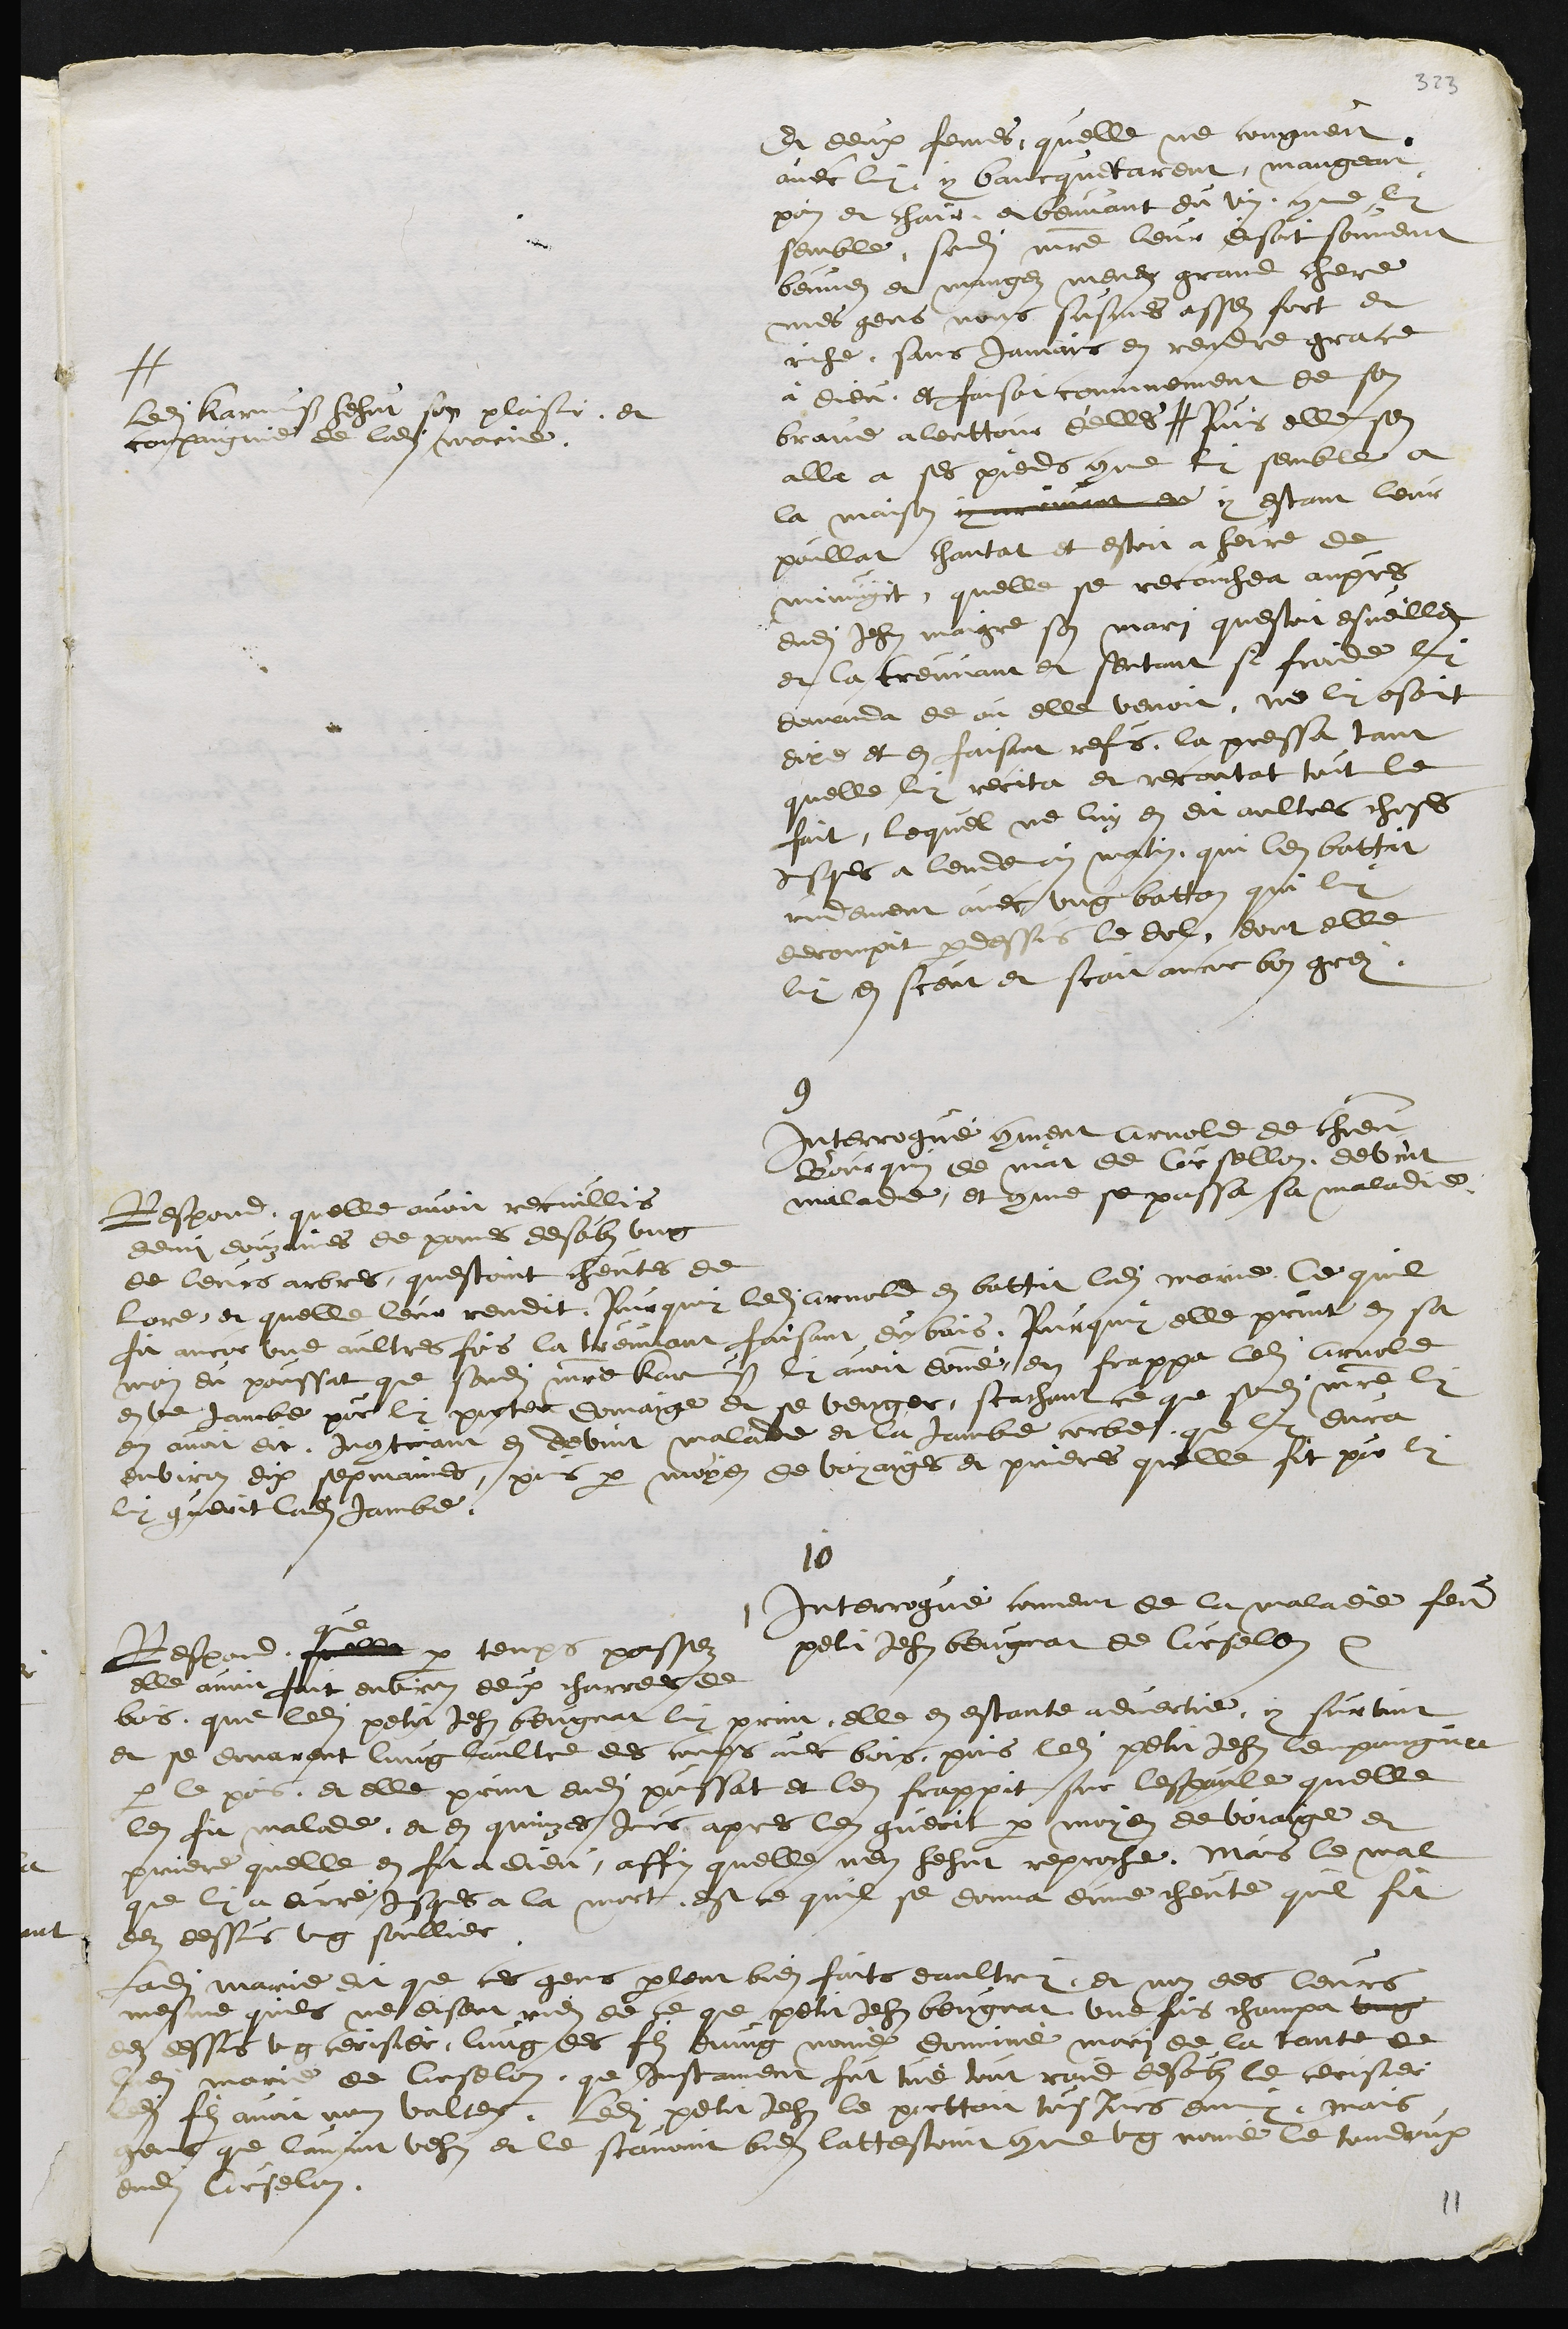
Et deux femmes quelle ne congneit
avec luy y bancquetarent mangean
pain et chair et beuvant du vin comme luy
semble, sondit maitre leur disoit souvent
beuvez et mangez menez grand chere
mes gens nous susmes assez fort et
riche, sans jamais en rendre grace
à dieu, et faisoit comunement de son
brave allenttour delles #
#
ledit Karmuss hehut sen plaisir, et
compaignie de ladite Marie.
Puis elle sen
alla a ses pieds comme luy semble a
la maison y meinant du y estant leur
poullat chantat et estoit a heure de
minuyit, quelle se recouchea aupres
dudit Jehan Maigre son mari questoit esveillez
et la treuvant et sentant si froide luy
demanda de ou elle venoit, ne luy osoit
dire et en faisant refus, la pressa tant
quelle luy recita et recontat tout le
fait, lequel ne luy en dit aultres choses
jusques a lendemain matin, qui len battit
rudement avec ung batton qui luy
derompit par dessus le dol dont elle
luy en sceut et scait ancor bon grey
9
Interrogue comment Arnold de chier
Bourquin de mat de Coursellon, devint
malade, et comme se passa sa maladie
Respond, quelle avoit recuillis
demi douzaines de pomes desoubs ung
de leurs abres, questoint cheutes de
lore, et quelle leur rendit. Pourquoy ledit Arnold en battit ladite Marie, Ce quil
fit ancor une aultres fois la treuvant faisant du bois. Pourquoy elle print en sa
main du poussat que sondit maitre Karmuss luy avoit donné en frappa ledit Arnold
en une jambe pour luy porter domaige et se venger, scachant ce que sondit maitre luy
en avoit dit, Incontinant en devint malade et la Jambe corbe que luy dura
environ dix sepmaines, puis par moyen de voyaiges et prieres quelle fit pour luy
luy guerit ladite jambe.
10
Interrogué coment de la maladie feu
petit Jehan beugnat de Courselon etc
Respond quelle
que
par temps passez
elle avoit fait environ deux charrees de
bois, que ledit petit Jehan beugnat luy print, elle en estante advertie y survint
et se donarent lung laultre des coups avec bois, puis ledit petit Jehan lempoingna
par le poins et elle print dudit poussat et en frappit sur lespaule quelle
len fit malade, et en quinzes jours apres len guerit par moyen de voiaige et
priere quelle en fit a dieu, affin quelle nen hehut reproche. Mais le mal
que luy a duré jusques a la mort est ce quil se donna dune cheute quil fit
dez dessus ung soullier
Ladite Marie dit que ces gens parlent bien faits daultruy et non des leurs
mesme quils ne disent rien de ce que petit Jehan beugnat une fois champa ung
dez dessus ung cerisier, lung des filz dung nommé dominé mari de la tante de
ladite marie de Courselon que Instamment fut tué tout raid desoubz le cerisier
ledit fils avoit nom valter. Ledit petit Jehan le porttoit tousjours enmy, mais
gens que lavoint vehus et le scavoint bien lattestoint comme ung nomé le toudeux
dudit Courselon